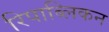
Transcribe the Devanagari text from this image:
रिपाब्लिकन